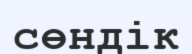
сөндік